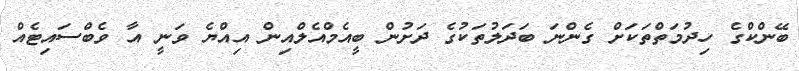
ބޭންކްގެ ހިދުމަތްތަކަށް ގެންނަ ބަދަލުތަކުގެ ދަށުން ބީއެމްއެލްއިން އިއްޔެ ވަނީ އާ ވެބްސައިޓެއް